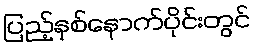
ပြည့်နှစ်နောက်ပိုင်းတွင်